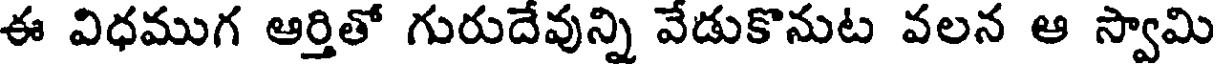
ఈ విధముగ ఆర్తితో గురుదేవున్ని వేడుకొనుట వలన ఆ స్వామి